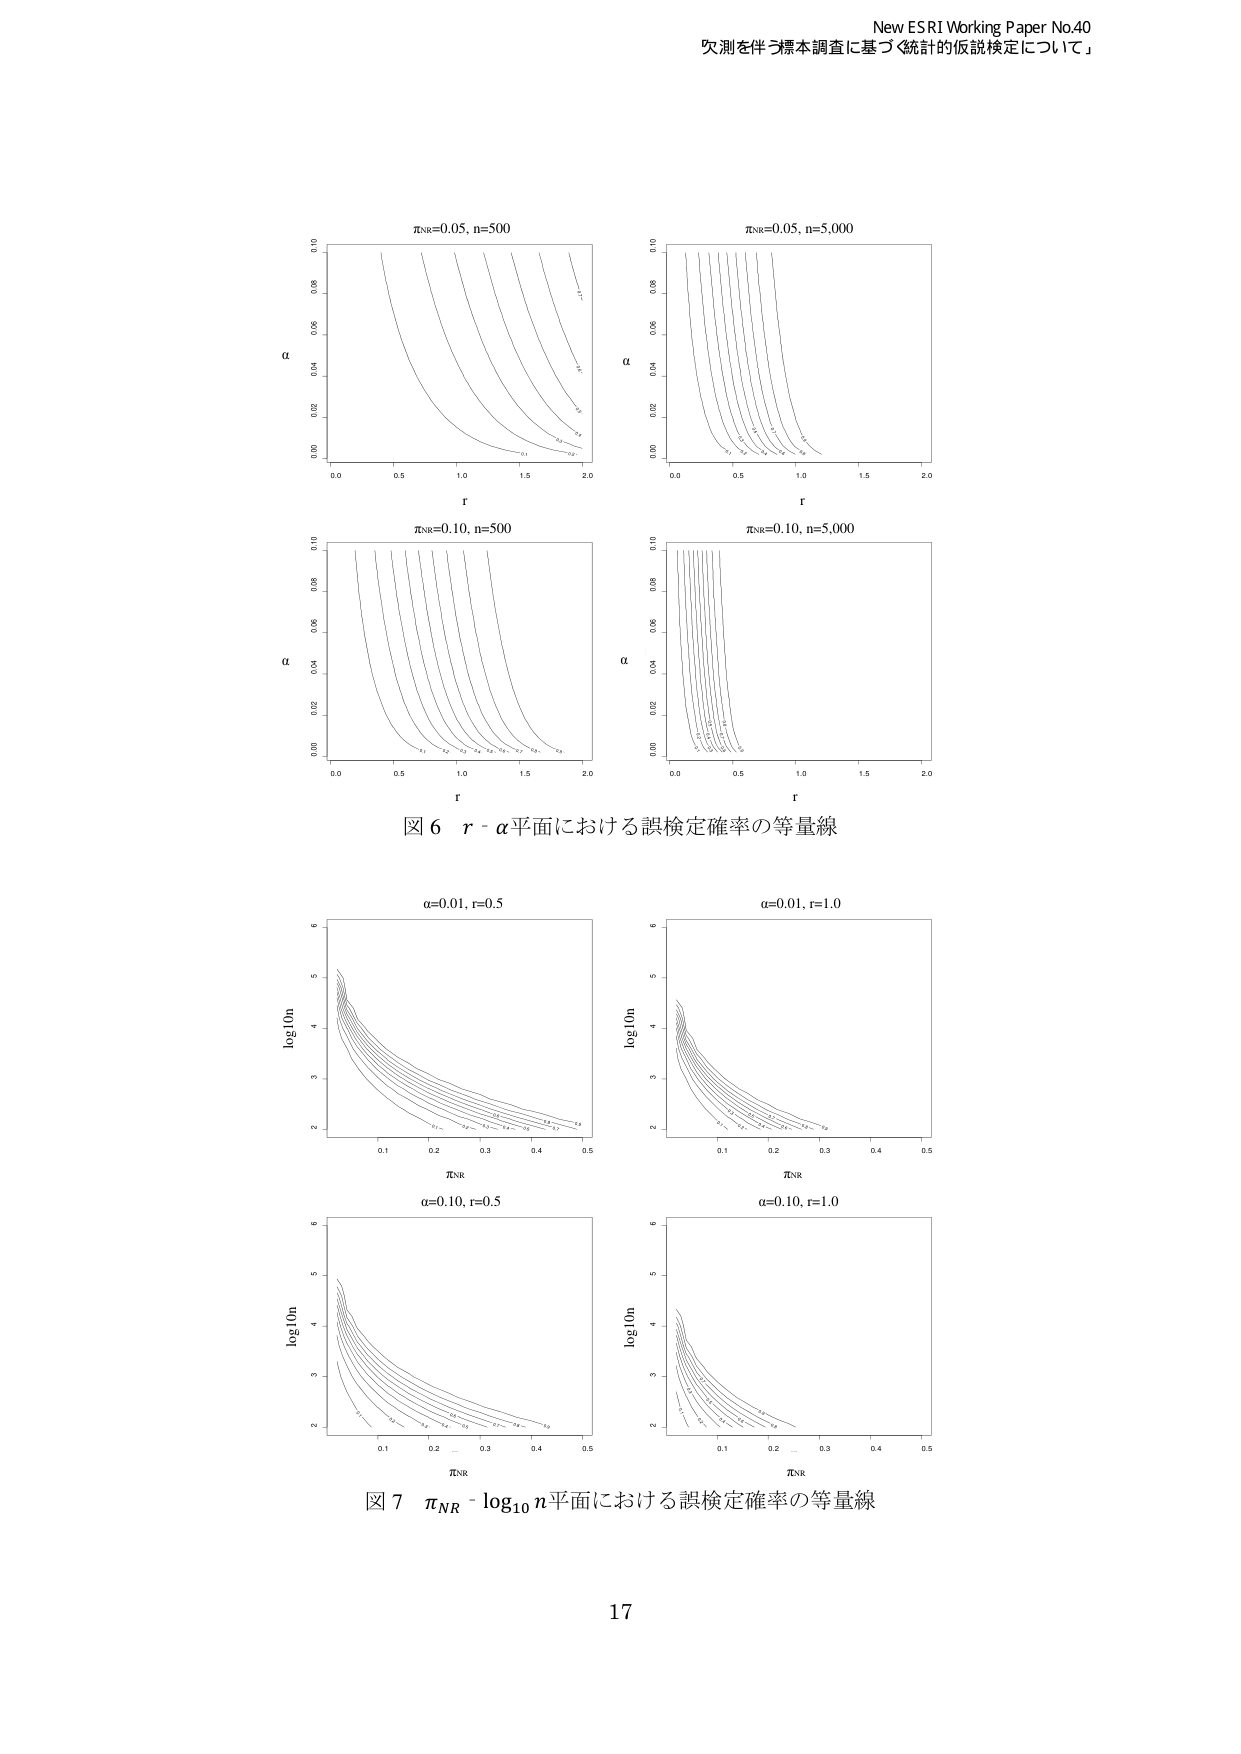
New ESRI Working Paper No.40
欠測を伴う標本調査に基づく「統計的仮説検定について」

πNR=0.05, n=500
α
r
0.00  0.02  0.04  0.06  0.08  0.10
0.0  0.5  1.0  1.5  2.0
0.1  0.2  0.3  0.4  0.5  0.6  0.7  0.8  0.9  1.0

πNR=0.05, n=5,000
α
r
0.00  0.02  0.04  0.06  0.08  0.10
0.0  0.5  1.0  1.5  2.0
0.1  0.2  0.3  0.4  0.5  0.6  0.7  0.8  0.9  1.0

πNR=0.10, n=500
α
r
0.00  0.02  0.04  0.06  0.08  0.10
0.0  0.5  1.0  1.5  2.0
0.1  0.2  0.3  0.4  0.5  0.6  0.7  0.8  0.9  1.0

πNR=0.10, n=5,000
α
r
0.00  0.02  0.04  0.06  0.08  0.10
0.0  0.5  1.0  1.5  2.0
0.1  0.2  0.3  0.4  0.5  0.6  0.7  0.8  0.9  1.0

図６ r - α平面における誤検定確率の等量線

α=0.01, r=0.5
log10n
πNR
2  3  4  5  6
0.1  0.2  0.3  0.4  0.5
0.1  0.2  0.3  0.4  0.5  0.6  0.7  0.8  0.9  1.0

α=0.01, r=1.0
log10n
πNR
2  3  4  5  6
0.1  0.2  0.3  0.4  0.5
0.1  0.2  0.3  0.4  0.5  0.6  0.7  0.8  0.9  1.0

α=0.10, r=0.5
log10n
πNR
2  3  4  5  6
0.1  0.2  0.3  0.4  0.5
0.1  0.2  0.3  0.4  0.5  0.6  0.7  0.8  0.9  1.0

α=0.10, r=1.0
log10n
πNR
2  3  4  5  6
0.1  0.2  0.3  0.4  0.5
0.1  0.2  0.3  0.4  0.5  0.6  0.7  0.8  0.9  1.0

図７ πNR - log10 n平面における誤検定確率の等量線

17